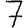
Digit: 7